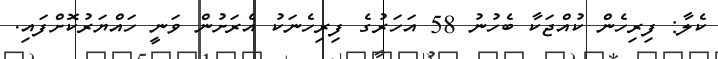
ކެލާ: ފިރިހެން ކުއްޖަކާ ބެހުނު 58 އަހަރުގެ ފިރިހެނަކު އެރަށުން ވަނީ ހައްޔަރުކޮށްފައި.